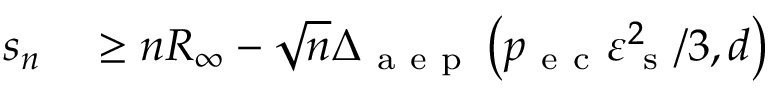
\begin{array} { r l } { s _ { n } } & { { } \geq n R _ { \infty } - \sqrt { n } \Delta _ { \mathrm { ~ a ~ e ~ p ~ } } \left( p _ { \mathrm { ~ e ~ c ~ } } \varepsilon _ { \mathrm { ~ s ~ } } ^ { 2 } / 3 , d \right) } \end{array}